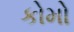
કોમો